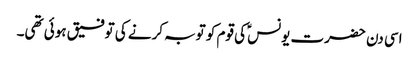
اسی دن حضرت یونسؑ کی قوم کو توبہ کرنے کی توفیق ہوئی تھی۔